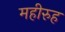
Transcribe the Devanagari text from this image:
महीरुह